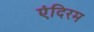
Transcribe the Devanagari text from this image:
एंदिरम